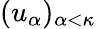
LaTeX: (u_{\alpha})_{\alpha<\kappa}